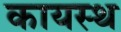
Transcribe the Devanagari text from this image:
कायस्‍थ